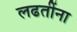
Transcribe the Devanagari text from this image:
लढतींना